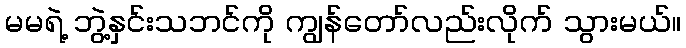
မမရဲ့ ဘွဲ့နှင်းသဘင်ကို ကျွန်တော်လည်းလိုက် သွားမယ်။